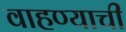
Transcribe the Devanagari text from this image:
वाहण्‍याची